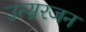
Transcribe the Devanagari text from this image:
उत्सरजन